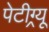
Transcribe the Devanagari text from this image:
पेटीग्र्यू